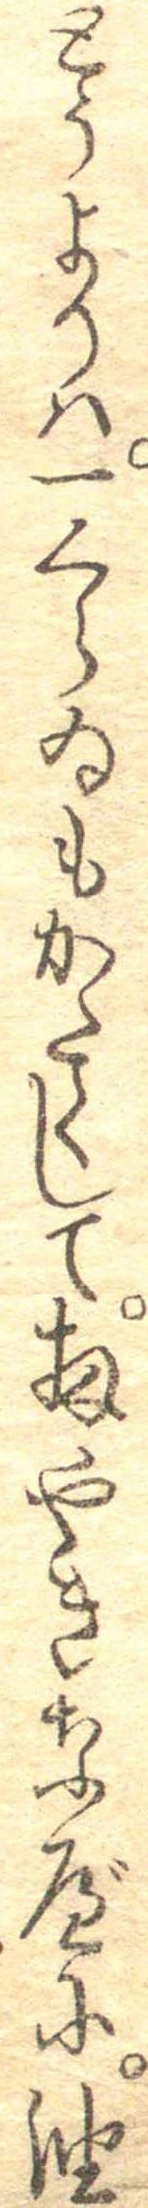
とうよりは一くらゐもかたくして扨やきなべに油